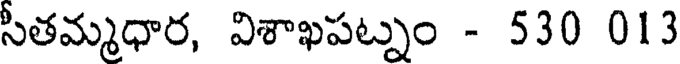
సీతమ్మధార, విశాఖపట్నం - 530 013